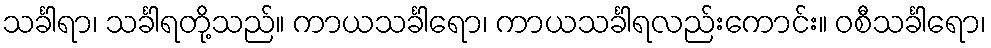
သင်္ခါရာ၊ သင်္ခါရတို့သည်။ ကာယသင်္ခါရော၊ ကာယသင်္ခါရလည်းကောင်း။ ဝစီသင်္ခါရော၊